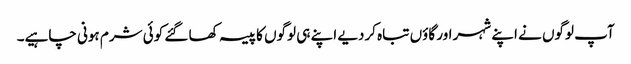
آپ لوگوں نے اپنے شہر اور گاؤں تباہ کردیے اپنے ہی لوگوں کا پیسہ کھا گئے کوئی شرم ہونی چاہیے۔